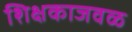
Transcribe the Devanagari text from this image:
शिक्षकाजवळ